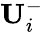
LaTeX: \mathbf{U}_{i}^{-}